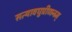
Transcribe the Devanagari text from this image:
सत्यावघुप्रीणनम्